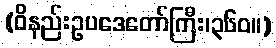
(ဝိနည်းဥပဒေတော်ကြီး၊၃၆၀။)